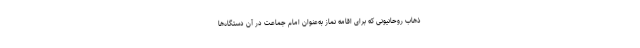
ذهاب روحانیونی که برای اقامه نماز به‌عنوان امام جماعت در آن دستگاه‌ها